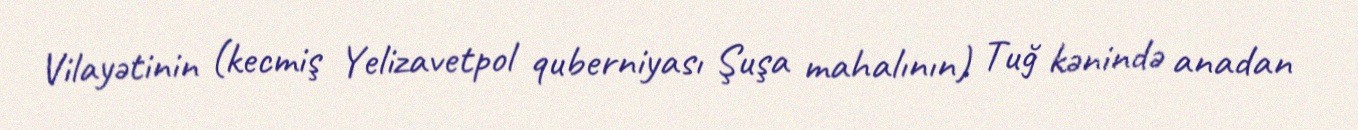
Vilayətinin (kecmiş Yelizavetpol quberniyası Şuşa mahalının) Tuğ kənində anadan